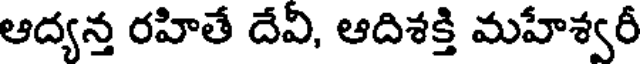
ఆద్యన్త రహితే దేవీ, ఆదిశక్తి మహేశ్వరీ